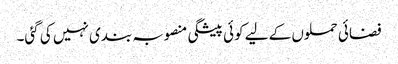
فضائی حملوں کے لیے کوئی پیشگی منصوبہ بندی نہیں کی گئی۔